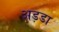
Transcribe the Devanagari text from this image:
अड़डा